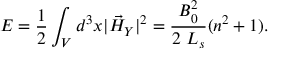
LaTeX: E = \frac { 1 } { 2 } \int _ { V } d ^ { 3 } x | \vec { { \cal H } } _ { Y } | ^ { 2 } = \frac { B _ { 0 } ^ { 2 } } { 2 ~ L _ { s } } ( n ^ { 2 } + 1 ) .